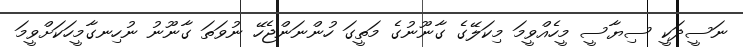
ނަސީދަކީ ސިޔާސީ މީހެއްވީމަ މިކަލޭގެ ގާނޫނުގެ މަތީގަ ހުންނަންޖެހޭ ނުވަތަ ގާނޫނު ނުހިނގާމީހަކަށްވީމަ